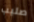
صليب